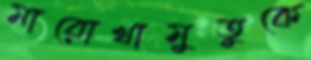
মারোখামুতুকে